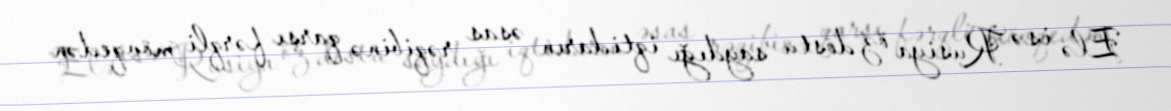
Elə isə Rusiya öz dostu saydığı iqtidarın əsas rəqibinə qarşı fərqli mövqedən